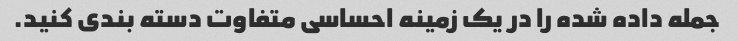
جمله داده شده را در یک زمینه احساسی متفاوت دسته بندی کنید.